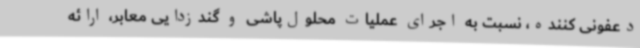
دعفونی‌ کننده، نسبت به اجرای عملیات محلول‌پاشی و گندزدایی معابر، ارائه